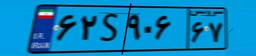
۱۷S۱۲۴۷۰